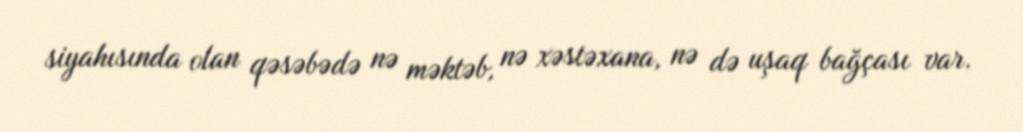
siyahısında olan qəsəbədə nə məktəb, nə xəstəxana, nə də uşaq bağçası var.